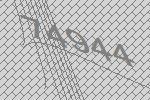
74944